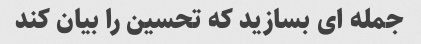
جمله ای بسازید که تحسین را بیان کند